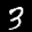
Label: 3